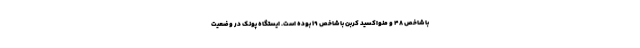
با شاخص ۴۸ و منواکسید کربن با شاخص ۱۹ بوده است. ایستگاه پونک در وضعیت